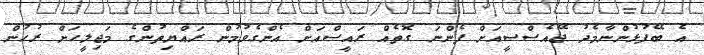
އެ ބޭފުޅުންނާމެދު ޖޭއެސްސީއަށް ފެންނަ ގޮތެއް ރައީސްއަށް އެންގެވުމުން ރައްޔިތުންގެ މަޖިލީހަށް ރުހުން